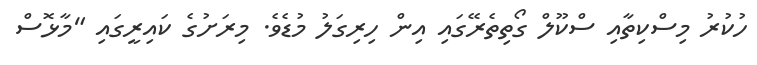
ހުކުރު މިސްކިތާއި ސްކޫލް ގޯތިތެރޭގައި އިން ހިރިގަލު މުޑެވެ. މިރަށުގެ ކައިރީގައި "މާޅޮސް